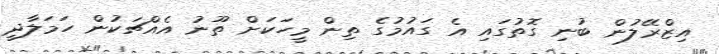
އިޒްރޭލުން ބުނި ގޮތުގައި އެ ގައުމުގެ ތިން މީހަކަށް ތޫނު އެއްޗަކުން ހަމަލާދީ